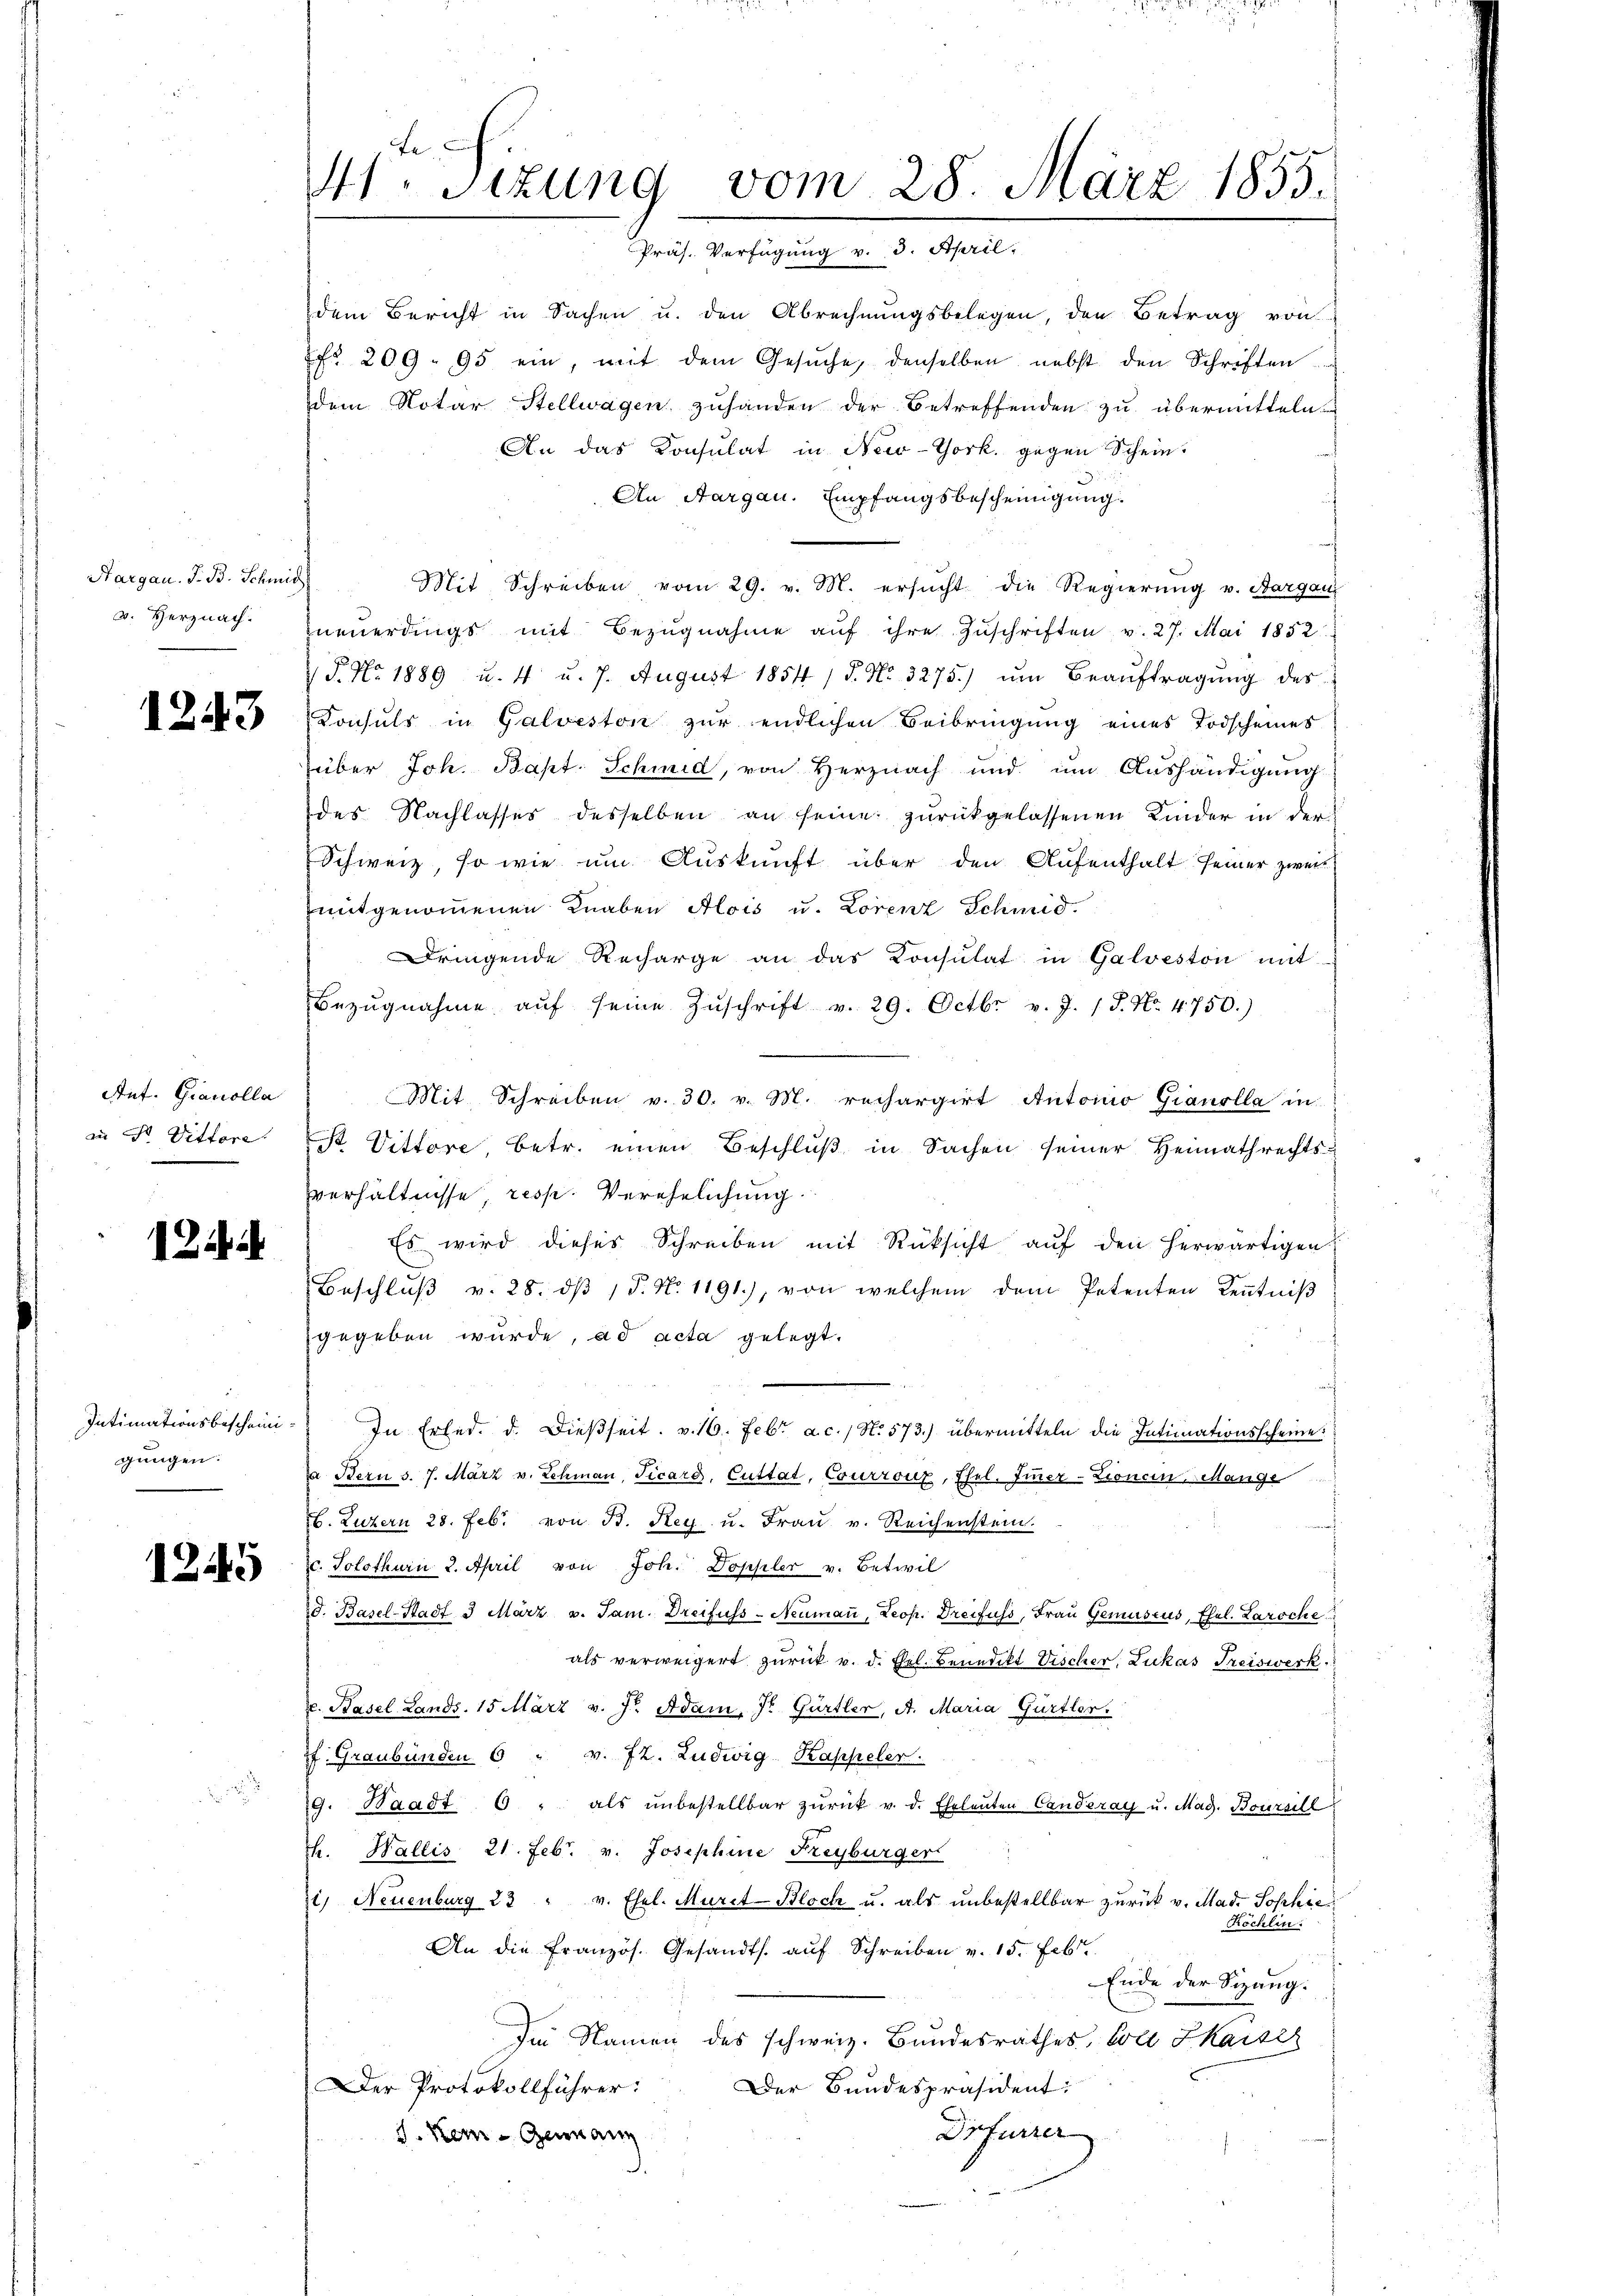
Hargau. I. B. Schmid
v. Herznach.

1243

Ant. Gianolla
an Sr. Vittore.

12

Intimationsbescheini
gungen.

1245

.

Mt. Sitzung vom 28. März 1855.
Präs. Verfügung v. 3. April.

dem Bericht in Sachen u. den Abrechnungsbelegen, den Betrag von
fr. 209. 95 ein, mit dem Gesŭche, denselben nebst den Schriften
dem Notar Stellwagen zuhanden der betreffenden zu übermitteln.
An das Konsulat in New-York, gegen Schein.
An Aargau. Empfangsbescheinigung.
Mit Schreiben vom 29. v. M. ersucht die Regierung v. Bargau
neuerdings mit Bezŭgnahme aŭf ihre Zuschriften v. 27. Mai 1852
P. Nr. 1889 u. 4 u. 7. August 1854 / 5. No. 3275) ŭm Beaŭftragŭng des
Konsuls in Galveston zur endlichen Beibringung eines Todscheines
über Joh. Bapt. Schmid, von Herznach und um Aushändigung
des Nachlasses desselben an seine zurückgelassenen Kinder in der
Schweiz, so wie um Auskunft über den Aufenthalt seiner zweit
mitgenommenen Knaben Alois u. Lorenz Schmid.
Dringende Recharge an das Konsulat in Galveston mit
Bezŭgnahme aŭf seine Zŭschrift v. 29. Octbr. v. J. J. No. 4750.)
Mit Schreiben v. 30. v. M. rechargirt Automo Gianolla in
St Vittore, betr. einen Beschluß in Sachen seiner Heimathrechtsvverhältnisse, resp. Verehelichung
Es wird dieses Schreiben mit Rücksicht aŭf den herwärtigen
Beschlŭβ v. 28. dβ /d. N. 1191), von welchem dem Petenten Kenntniß
gegeben wurde, ad acta gelegt.
In Erled. d. dießseit v. 16. Febr a.c. / N. 573.) übermitteln die Intimationsscheine
a Stern s. 7. März v. Schmaṅ, Vicard, Cuttat, Courroux, Ehel. Immer-Zionein, Mange
6. Luzern 28. Febr. von B. Rey u. Fraŭ v. Reichenstein.
ist zu verb
c. Solothurn 2. April von Joh. Doppler v. Beteil
d. Basel-Stadt 3 März v. Jam. Dreifuss-Neuman, Leop. Dreifuss, Frau Gemuseus, Ehel. Laroche
als verweigert zurück v. d. Frl. Benedikt Vischer, Lukas Freiswerk.
. Pasel Lands, 15 März v. J. Adam. J. Gürtler, A. Maria Gürtler.
pf. Graubünden 6 " v. 72. Ludwig Kappeler.
9. Waadt 6 " als ŭnbestellbar zŭrück v. d. Eheleuten Canderay u. Mag. Boursill
th. Wallis 21. Febr. v. Josephine Freyburger
1) Neuenburg 23 " v. Ehel. Muret-Bloch u. als unbestellbar zurück v. Mad. Sophie
Köchler
An die Französ. Gesandts. aŭf Schreiben v. 15. Feb
Ende der Sizang.
Im Namen des schweiz. Bundesrathes, Code Chaiser
Der Protokollführer:
Der Bundespräsident:
Drfurrer
d. Kein Gemann
.